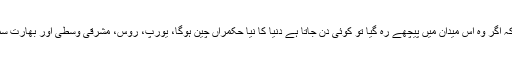
چین جس رفتار سے معاشی میدان میں آگے بڑھ رہا ہے، امریکہ کو یقینا احساس ہو گا کہ اگر وہ اس میدان میں پیچھے رہ گیا تو کوئی دن جاتا ہے دنیا کا نیا حکمراں چین ہوگا، یورپ، روس، مشرقی وسطیٰ اور بھارت سمیت جنوبی ایشیا کے ممالک پہلے ہی اپنی سمت معاشی میدان کی جانب موڑ چکے ہیں۔